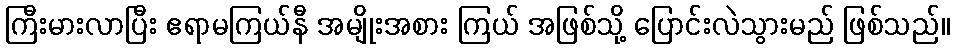
ကြီးမားလာပြီး ဧရာမကြယ်နီ အမျိုးအစား ကြယ် အဖြစ်သို့ ပြောင်းလဲသွားမည် ဖြစ်သည်။